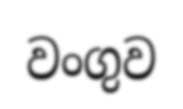
වංගුව